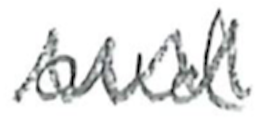
Text: and
Cross-out: zig-zag
Writing tool: pencil